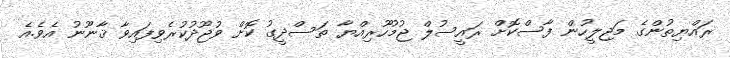
ރައްޔިތުންގެ މަޖިލީހުން ފާސްކޮށް ރައީސުލް ޖުމުހޫރިއްޔާ ތަސްދީގު ކޮށް ވުޖޫދުކުރެވިފައިވާ ޤާނޫނު އެވެ.އެ